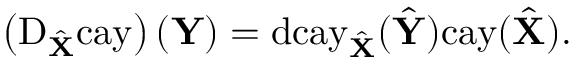
\left( \mathrm { D } _ { \hat { \mathbf { X } } } \mathrm { c a y } \right) \left( \mathbf { Y } \right) = \mathrm { d c a y } _ { \hat { \mathbf { X } } } ( \hat { \mathbf { Y } } ) \mathrm { c a y ( } \hat { \mathbf { X } } ) .